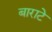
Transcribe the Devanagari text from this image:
बाराटे